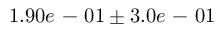
1 . 9 0 e \mathrm { ~ - ~ } 0 1 \pm 3 . 0 e \mathrm { ~ - ~ } 0 1